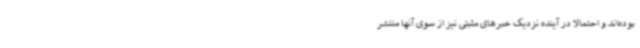
بوده‌اند و احتمالا در آینده نزدیک خبرهای مثبتی نیز از سوی آنها منتشر